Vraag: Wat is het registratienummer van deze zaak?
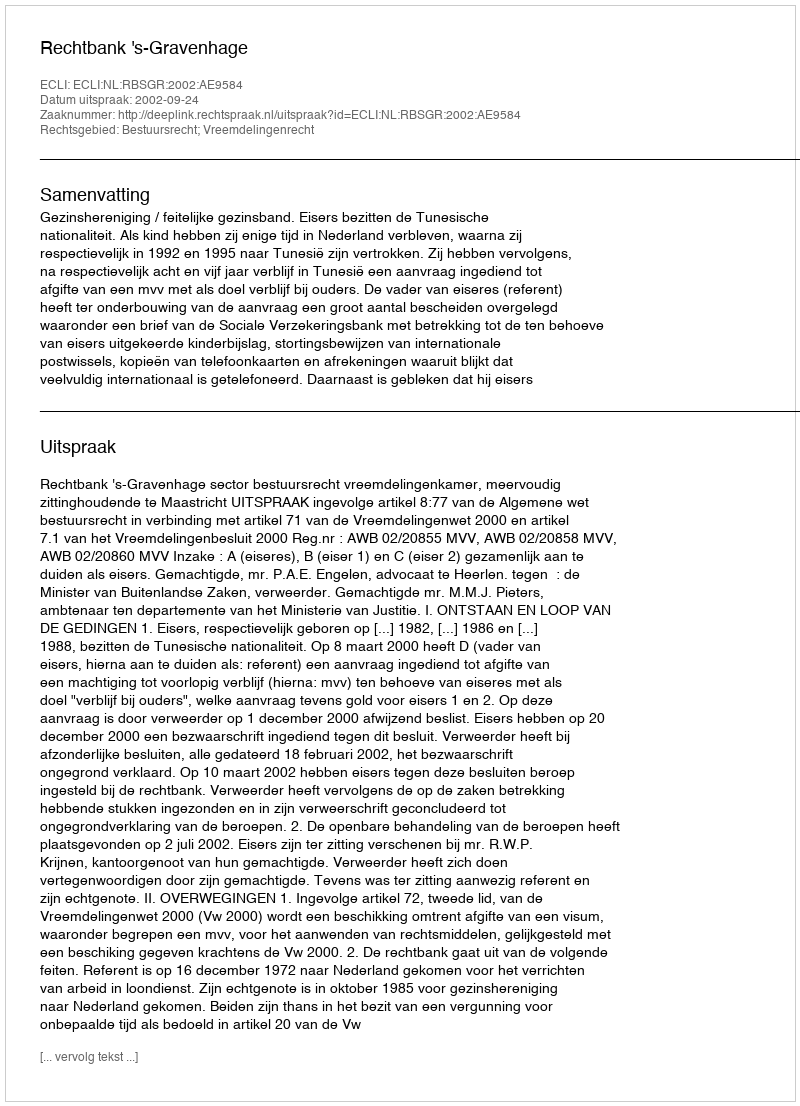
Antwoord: http://deeplink.rechtspraak.nl/uitspraak?id=ECLI:NL:RBSGR:2002:AE9584